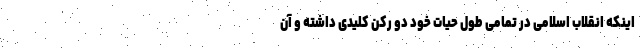
اینکه انقلاب اسلامی در تمامی طول حیات خود دو رکن کلیدی داشته و آن